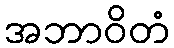
အဘာဝိတံ